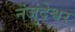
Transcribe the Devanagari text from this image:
नंजुंदेश्वर